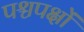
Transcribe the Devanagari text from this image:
पश्चपक्षों